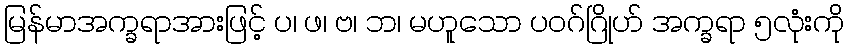
မြန်မာအက္ခရာအားဖြင့် ပ၊ ဖ၊ ဗ၊ ဘ၊ မဟူသော ပဝဂ်ဂြိုဟ် အက္ခရာ ၅လုံးကို